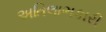
અતિલાભકારી